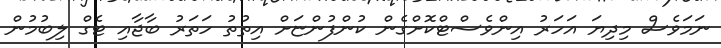
ނަމަވެސް މިދިޔަ އަހަރު އިންވެސްޓްކޮށްގެން ކުންފުންޏަށް އިތުތު ހަތަރު ބާޖާއި ޓެގް ލިބުމުން